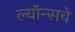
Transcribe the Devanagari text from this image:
ल्यॉन्सचे